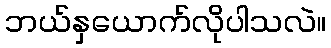
ဘယ်နှယောက်လိုပါသလဲ။